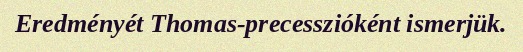
Eredményét Thomas-precesszióként ismerjük.